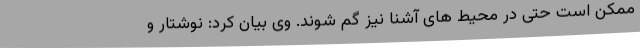
ممکن است حتی در محیط های آشنا نیز گم شوند. وی بیان کرد: نوشتار و